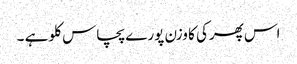
اس پھرکی کا وزن پورے پچاس کلو ہے ۔